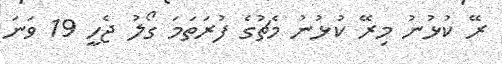
ރޭ ކުޅުނު މިރޭ ކުޅުނު މެޗުގެ ފުރަތަމަ ގޯލު ޖެހީ 19 ވަނަ